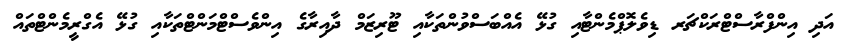
އަދި އިންފްރާސްޓްރަކްޗަރ ޑިވެލޮޕްމެންޓާއި ގުޅޭ އެއްބަސްވުންތަކާއި ޓޫރިޒަމް ދާއިރާގެ އިންވެސްޓްމަންޓްތަކާއި ގުޅޭ އެގްރީމެންޓްތައް